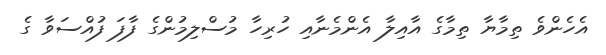
އެހެންވެ ތިމާޔާ ތިމާގެ އާއިލާ އެންމެނާއި ހުރިހާ މުސްލިމުންގެ ފާފަ ފުއްސަވާ ގެ